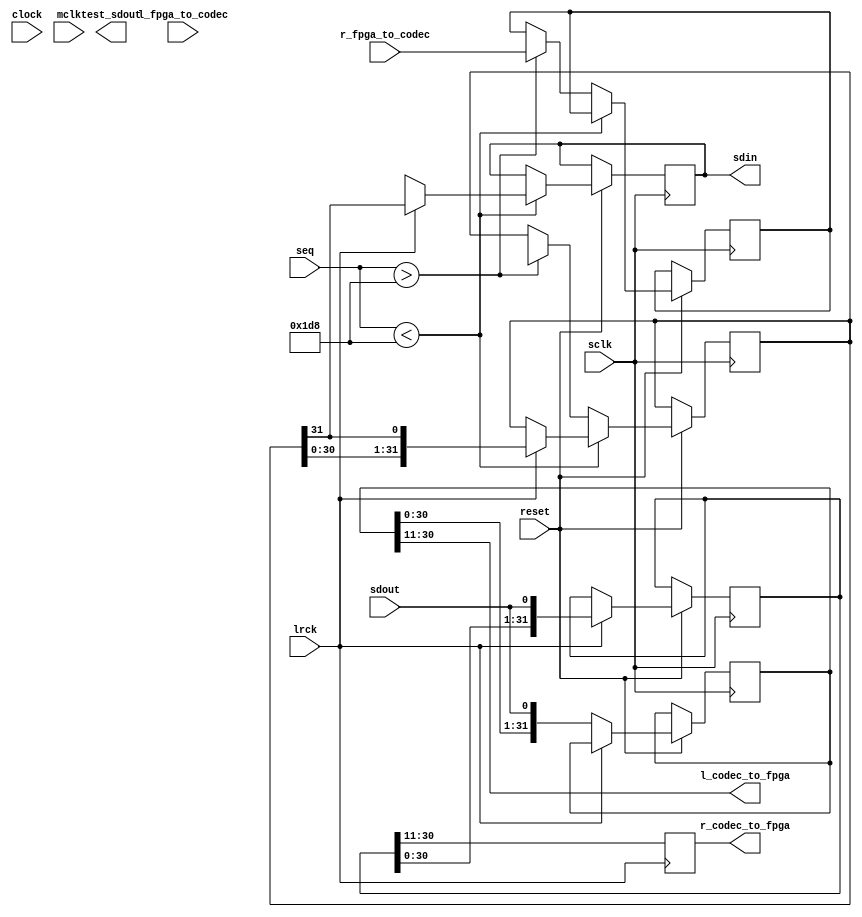
module interface(
			clock, 
			reset, 
			mclk, 
			sclk, 
			lrck, 
			seq, 
			sdin, 
			l_fpga_to_codec, 
			r_fpga_to_codec, 
			sdout, 
			r_codec_to_fpga, 
			l_codec_to_fpga, 
			test_sdout);
parameter ARRAY_SIZE = 6'd20;
parameter SHIFT_REG = 6'd32;
parameter COUNTER_DEPTH = 7'd10;

input clock; 
input reset; 
input mclk; 
input sclk; 
input lrck; 
input [COUNTER_DEPTH:0] seq; 
output sdin; reg sdin;
input [ARRAY_SIZE - 1:0] l_fpga_to_codec; 
input [ARRAY_SIZE - 1:0] r_fpga_to_codec; 
input sdout; 
output [ARRAY_SIZE - 1:0] r_codec_to_fpga; reg [ARRAY_SIZE - 1:0] r_codec_to_fpga;
output [ARRAY_SIZE - 1:0] l_codec_to_fpga; 
output test_sdout; reg test_sdout;

reg [SHIFT_REG - 1:0] l_in_shift;
reg [SHIFT_REG - 1:0] r_in_shift;
wire [SHIFT_REG - 1:0] l_out_shift;
reg [SHIFT_REG - 1:0] r_out_shift;
reg [SHIFT_REG - 1:0] l_out_shift_int;
reg [SHIFT_REG - 1:0] r_out_shift_int;
/*
Shift the data into 32-bit registers 
*/
always
  @(posedge sclk) begin
    if (reset == 1'b1) begin
      if (lrck == 0) begin
        l_in_shift[SHIFT_REG - 1:0] <= {l_in_shift[30:0], sdout};
      end
      else if (lrck == 1'b1) begin
        r_in_shift[SHIFT_REG - 1:0] <= {r_in_shift[30:0], sdout};
      end
    end
  end
/*
Data shifted out onto sdin pin to codec
on falling edge of shift clock
Continuously happening until seq exceeds 1D8
then value to be sent to codec is updated

*/
always
  @(negedge sclk) begin
    if (reset == 1'b1) begin
      if (seq < 11'h1D8) begin
        if (lrck == 0) begin
          sdin <= l_out_shift_int[SHIFT_REG - 1];
        end
        else if (lrck == 1) begin
          sdin <= r_out_shift_int[SHIFT_REG - 1];
          r_out_shift_int[SHIFT_REG - 1:0] <= {r_out_shift_int[30:0], r_out_shift_int[SHIFT_REG - 1]};
        end
      end
      else if (seq > 11'h1D8) begin
        r_out_shift[30:11] <= r_fpga_to_codec[ARRAY_SIZE - 1:0];
        r_out_shift_int[SHIFT_REG - 1:0] <= r_out_shift[SHIFT_REG - 1:0];
      end
    end
  end

assign l_codec_to_fpga[ARRAY_SIZE - 1:0] = l_in_shift[30:11];
always
  @(negedge lrck) begin
    r_codec_to_fpga[ARRAY_SIZE - 1:0] <= r_in_shift[30:11];
  end

endmodule // interface